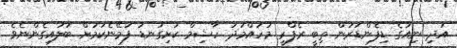
އަދި ނިއުގެ ޑިފެންޑަރުން ތިބީ ރެފްރީ މުހައްމަދު ހާޝިމް ކަށިގަނޑު ފުމޭނެކަމަށް ބަލައިގެންނެވެ.